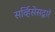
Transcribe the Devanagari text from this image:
सर्व्हिसेसद्वारे